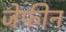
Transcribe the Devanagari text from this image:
जेफीन